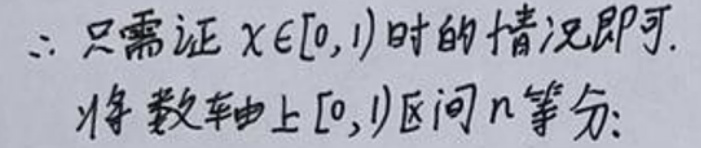
$\therefore$ 只需证 $x\in[0,1)$ 时的情况即可.
将数轴上 $[0,1)$ 区间 $n$ 等分: